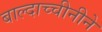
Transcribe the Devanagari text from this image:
बाल्दाच्चीनीने